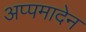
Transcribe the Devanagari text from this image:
अप्पमादेन